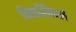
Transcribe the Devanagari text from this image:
दिनदर्शिकेमागे